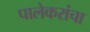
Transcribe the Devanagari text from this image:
पालेकरांचा